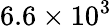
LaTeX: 6.6\times 10^{3}